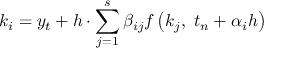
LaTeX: k _ { i } = y _ { t } + h \cdot \sum _ { j = 1 } ^ { s } \beta _ { i j } f \left( k _ { j } , \ t _ { n } + \alpha _ { i } h \right)